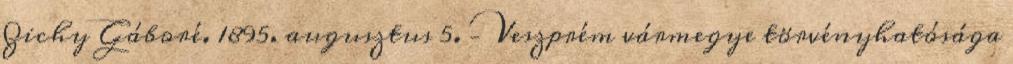
Zichy Gáboré. 1895. augusztus 5. – Veszprém vármegye törvényhatósága